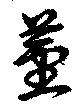
莖